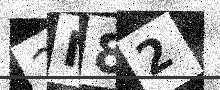
Text: 2N82